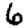
Digit: 6